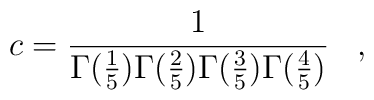
c=\frac{1}{\Gamma(\frac{1}{5}) \Gamma(\frac{2}{5}) \Gamma(\frac{3}{5}) \Gamma(\frac{4}{5})} \, \, \, \, \, ,